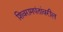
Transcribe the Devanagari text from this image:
शिवरामपंतांवरील